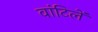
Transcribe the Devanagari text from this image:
वांटिलें